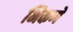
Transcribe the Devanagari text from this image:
भिकणे